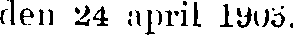
den 24 april 1906.